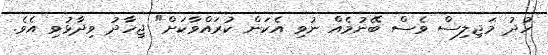
ހުދު މަޖިލިސް ވެސް ބޭނުމެއް ނުވި އެކަން ކުރައްވާކަށް" ޖިހާދު ވިދާޅުވި އެވެ.